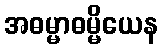
အဓမ္မာဓမ္မိယေန